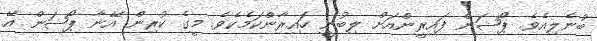
ބުނެލިއެވެ. ޕޯޝަން ފައިރީންއަށް ލިބުނީ ހައިރާންކަމެކެވެ. މީގެ ކުރިން އޭނާ ޕޯޝަން އޭ